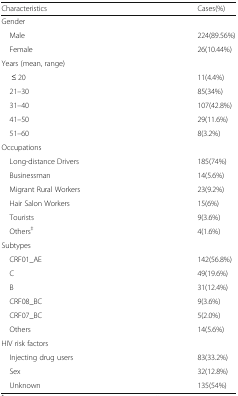
| Characteristics | Cases(%) |
 | --- | --- |
 | <COLSPAN=2> Gender |
 | Male | 224(89.56%) |
 | Female | 26(10.44%) |
 | <COLSPAN=2> Years (mean, range) |
 | ≤ 20 | 11(4.4%) |
 | 21–30 | 85(34%) |
 | 31–40 | 107(42.8%) |
 | 41–50 | 29(11.6%) |
 | 51–60 | 8(3.2%) |
 | <COLSPAN=2> Occupations |
 | Long-distance Drivers | 185(74%) |
 | Businessman | 14(5.6%) |
 | Migrant Rural Workers | 23(9.2%) |
 | Hair Salon Workers | 15(6%) |
 | Tourists | 9(3.6%) |
 | Others‡ | 4(1.6%) |
 | <COLSPAN=2> Subtypes |
 | CRF01_AE | 142(56.8%) |
 | C | 49(19.6%) |
 | B | 31(12.4%) |
 | CRF08_BC | 9(3.6%) |
 | CRF07_BC | 5(2.0%) |
 | Others | 14(5.6%) |
 | <COLSPAN=2> HIV risk factors |
 | Injecting drug users | 83(33.2%) |
 | Sex | 32(12.8%) |
 | Unknown | 135(54%) |